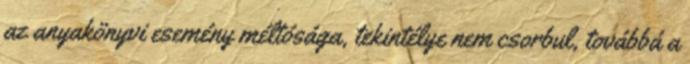
az anyakönyvi esemény méltósága, tekintélye nem csorbul, továbbá a